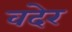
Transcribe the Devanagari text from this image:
वदेर